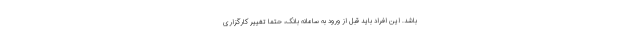
باشد. این افراد باید قبل از ورود به سامانه بانک، حتما تغییر کارگزاری